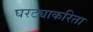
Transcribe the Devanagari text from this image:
घरट्याकरिता